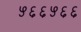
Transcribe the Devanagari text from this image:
५६६५६६